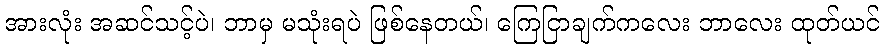
အားလုံး အဆင်သင့်ပဲ၊ ဘာမှ မသုံးရပဲ ဖြစ်နေတယ်၊ ကြေငြာချက်ကလေး ဘာလေး ထုတ်ယင်